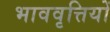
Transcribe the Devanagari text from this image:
भाववृत्तियों